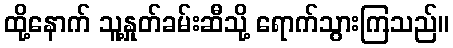
ထို့နောက် သူ့နှုတ်ခမ်းဆီသို့ ရောက်သွားကြသည်။